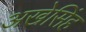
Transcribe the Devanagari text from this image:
अखेसिंह